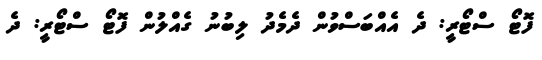
ފޮޓޯ ސްޓޯރީ: ދެ އެއްބަސްވުން ދެމެދު ލިބުނު ގެއްލުން ފޮޓޯ ސްޓޯރީ: ދެ